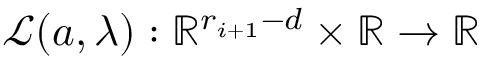
\mathcal { L } ( \boldsymbol { a } , \lambda ) : \mathbb { R } ^ { r _ { i + 1 } - d } \times \mathbb { R } \rightarrow \mathbb { R }